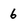
Character: 6